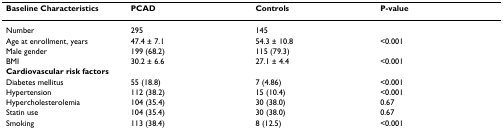
<table><thead><tr><td><b>Baseline Characteristics</b></td><td><b>PCAD</b></td><td><b>Controls</b></td><td><b>P-value</b></td></tr></thead><tbody><tr><td>Number</td><td>295</td><td>145</td><td></td></tr><tr><td>Age at enrollment, years</td><td>47.4 ± 7.1</td><td>54.3 ± 10.8</td><td>&lt;0.001</td></tr><tr><td>Male gender</td><td>199 (68.2)</td><td>115 (79.3)</td><td></td></tr><tr><td>BMI</td><td>30.2 ± 6.6</td><td>27.1 ± 4.4</td><td>&lt;0.001</td></tr><tr><td colspan="4"><b>Cardiovascular risk factors</b></td></tr><tr><td>Diabetes mellitus</td><td>55 (18.8)</td><td>7 (4.86)</td><td>&lt;0.001</td></tr><tr><td>Hypertension</td><td>112 (38.2)</td><td>15 (10.4)</td><td>&lt;0.001</td></tr><tr><td>Hypercholesterolemia</td><td>104 (35.4)</td><td>30 (38.0)</td><td>0.67</td></tr><tr><td>Statin use</td><td>104 (35.4)</td><td>30 (38.0)</td><td>0.67</td></tr><tr><td>Smoking</td><td>113 (38.4)</td><td>8 (12.5)</td><td>&lt;0.001</td></tr></tbody></table>